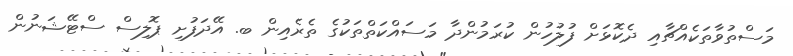
މަސްތުވާތަކެއްޗާއި ދެކޮޅަށް ފުލުހުން ކުރަމުންދާ މަސައްކަތްތަކުގެ ތެރެއިން ބ. އޭދަފުށި ޕޮލިސް ސްޓޭޝަނުން